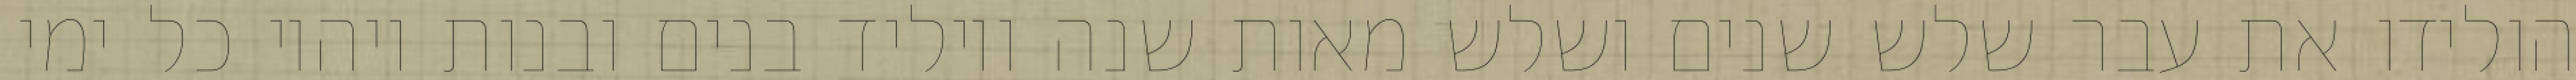
הולידו את עבר שלש שנים ושלש מאות שנה ויוליד בנים ובנות ויהיו כל ימי